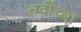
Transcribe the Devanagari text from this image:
चवींच्या